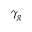
\gamma _ { g }